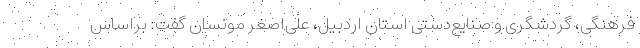
فرهنگی، گردشگری و صنایع‌دستی استان اردبیل، علی‌اصغر مونسان گفت: براساس